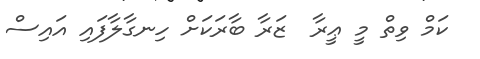
ކަމް ވިތް މީ ޢީރާ  ޒަރާ ބާރަކަށް ހިނގާލާފައި އައިސް